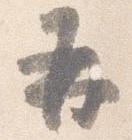
并